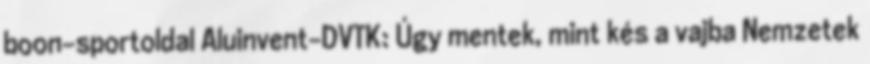
boon-sportoldal Aluinvent-DVTK: Úgy mentek, mint kés a vajba Nemzetek